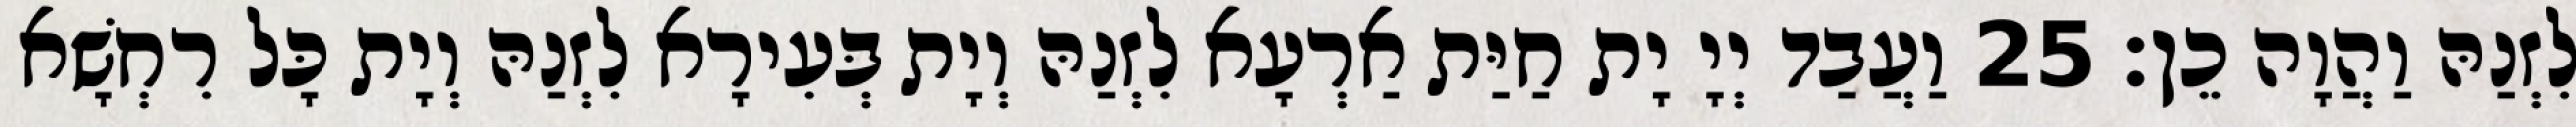
לִזְנַהּ וַהֲוָה כֵן׃ 25 וַעֲבַד יְיָ יָת חַיַּת אַרְעָא לִזְנַהּ וְיָת בְּעִירָא לִזְנַהּ וְיָת כָּל רִחְשָׁא